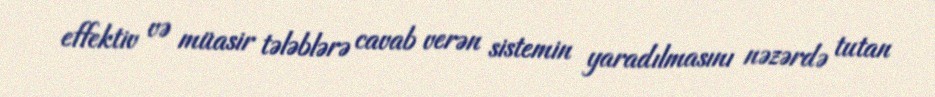
effektiv və müasir tələblərə cavab verən sistemin yaradılmasını nəzərdə tutan